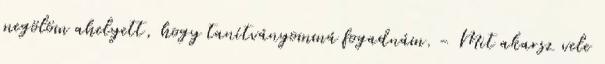
megölöm ahelyett, hogy tanítványommá fogadnám. - Mit akarsz vele